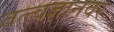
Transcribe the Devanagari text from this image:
तत्त्वज्ञानवर